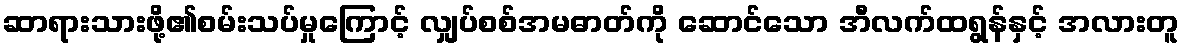
ဆာရားသားဖို့၏စမ်းသပ်မှုကြောင့် လျှပ်စစ်အမဓာတ်ကို ဆောင်သော အီလက်ထရွန်နှင့် အလားတူ